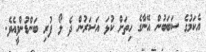
އެކަމުގެ ސަބަބުން އޭނާގެ ހިތަށް ކުޅަ އަސަރުން ދެ ލޯ ފުރި ބަންޑުންވީއެވެ.